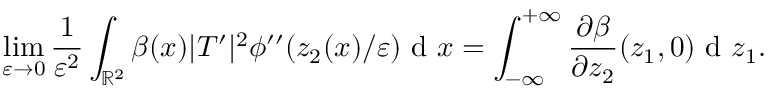
\operatorname* { l i m } _ { \varepsilon \to 0 } \frac { 1 } { \varepsilon ^ { 2 } } \int _ { \mathbb { R } ^ { 2 } } \beta ( x ) | T ^ { \prime } | ^ { 2 } \phi ^ { \prime \prime } ( z _ { 2 } ( x ) / \varepsilon ) \textrm { d } x = \int _ { - \infty } ^ { + \infty } \frac { \partial \beta } { \partial z _ { 2 } } ( z _ { 1 } , 0 ) \textrm { d } z _ { 1 } .